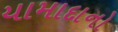
યામાદાનો